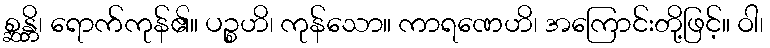
စ္ဆန္တိ၊ ရောက်ကုန်၏။ ပဉ္စဟိ၊ ကုန်သော။ ကာရဏေဟိ၊ အကြောင်းတို့ဖြင့်။ ဝါ၊